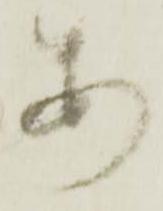
あ